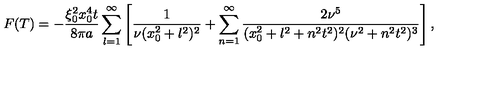
F ( T ) = - \frac { \xi _ { 0 } ^ { 2 } x _ { 0 } ^ { 4 } t } { 8 \pi a } \sum _ { l = 1 } ^ { \infty } \left[ \frac 1 { \nu ( x _ { 0 } ^ { 2 } + l ^ { 2 } ) ^ { 2 } } + \sum _ { n = 1 } ^ { \infty } \frac { 2 \nu ^ { 5 } } { ( x _ { 0 } ^ { 2 } + l ^ { 2 } + n ^ { 2 } t ^ { 2 } ) ^ { 2 } ( \nu ^ { 2 } + n ^ { 2 } t ^ { 2 } ) ^ { 3 } } \right] ,